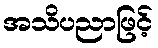
အသိပညာဖြင့်